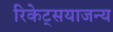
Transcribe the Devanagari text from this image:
रिकेट्सयाजन्य